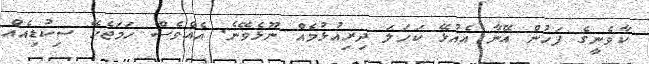
ކާވެނީގެ ފަހުން އޭނާ އެއުޅޭ ކަހަލަ ދިރިއުޅުމެއް ނޫޅެވޭނެ. އެއްވެސް ހަމަޖެހޭ ސިކުޑިއެއް